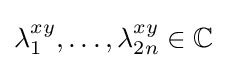
\lambda _{1}^{xy},\ldots ,\lambda _{2n}^{xy}\in {\mathbb {C} }